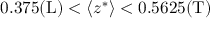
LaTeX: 0 . 3 7 5 \mathrm { ( L ) } < \langle z ^ { \ast } \rangle < 0 . 5 6 2 5 \mathrm { ( T ) }